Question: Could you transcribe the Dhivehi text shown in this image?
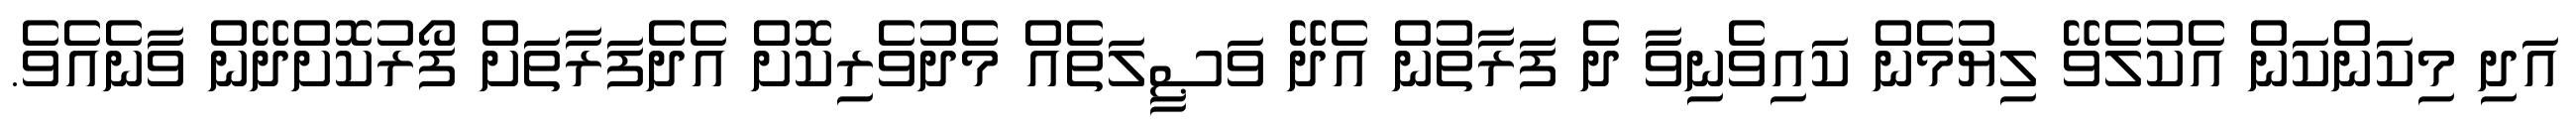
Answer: އަދި މިކަންކަން އެކުލެވޭ ލިޔުމެން ކައިވެނިވާ ދެ ފަރާތުން އެދޭ ވަޞީލަތެއް މެދުވެރިކޮށް އެދެފަރާތަށް ފޯރުކޮށްދޭން ވާނެއެވެ.